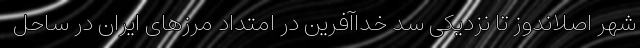
شهر اصلاندوز تا نزدیکی سد خداآفرین در امتداد مرزهای ایران در ساحل